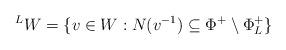
LaTeX: \begin{align*}{{^L}W} = \{ v\in W : N(v^{-1}) \subseteq \Phi^+ \setminus \Phi_L^+ \}\end{align*}